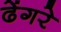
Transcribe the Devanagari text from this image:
ढेंगरे